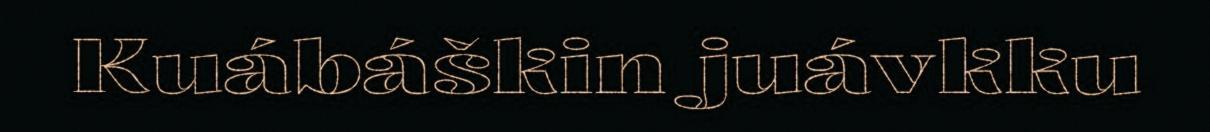
Kuábáškin juávkku